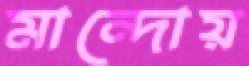
মান্দোয়